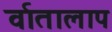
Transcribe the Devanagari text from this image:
र्वातालाप